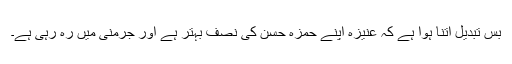
بس تبدیل اتنا ہوا ہے کہ عنیزہ اپنے حمزہ حسن کی نصف بہتر ہے اور جرمنی میں رہ رہی ہے۔